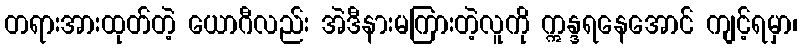
တရားအားထုတ်တဲ့ ယောဂီလည်း အဲဒီနားမကြားတဲ့လူကို ဣန္ဒရနေအောင် ကျင့်ရမှာ၊